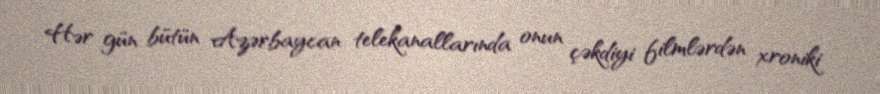
Hər gün bütün Azərbaycan telekanallarında onun çəkdiyi filmlərdən xroniki